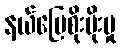
နယ်မြေစိုးမိုးမှု